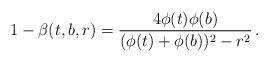
LaTeX: \begin{align*}1- \beta (t,b,r)=\frac{4\phi (t) \phi (b)}{(\phi (t) + \phi (b))^2 -r^2}\,.\end{align*}